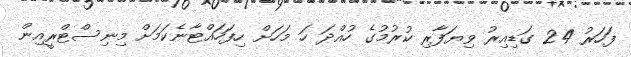
ފަހަރު 24 ގަޑިއިރު ވިޔަފާރި ކުރުމުގެ ހުއްދަ ހަ މަހަށް ހިފަހައްޓާނެކަމަށް މިނިސްޓްރީއިން